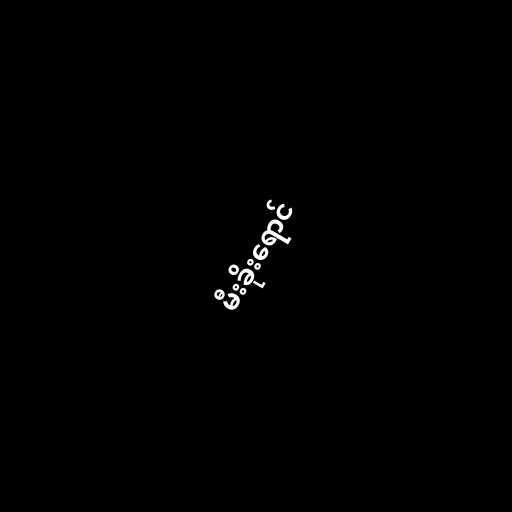
မီးခိုးရောင်